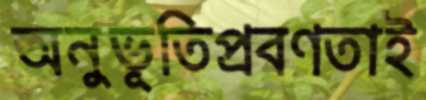
অনুভূতিপ্রবণতাই